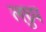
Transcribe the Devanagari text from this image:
लघ्रुप